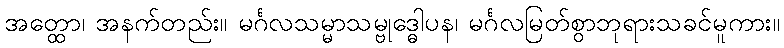
အတ္ထော၊ အနက်တည်း။ မင်္ဂလသမ္မာသမ္ဗုဒ္ဓေါပန၊ မင်္ဂလမြတ်စွာဘုရားသခင်မူကား။